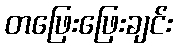
တဖြေးဖြေးချင်း